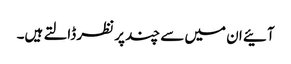
آئیے ان میں سے چند پر نظر ڈالتے ہیں۔